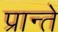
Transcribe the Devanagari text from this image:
प्रान्ते